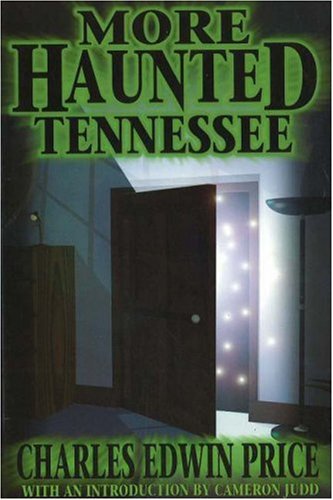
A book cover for More Haunted Tennessee; Charles Edwin Price; Travel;